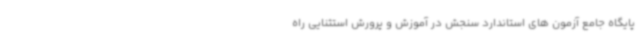
پایگاه جامع آزمون های استاندارد سنجش در آموزش و پرورش استثنایی راه